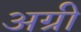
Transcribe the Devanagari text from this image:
अग्री